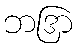
ဘဒြာ